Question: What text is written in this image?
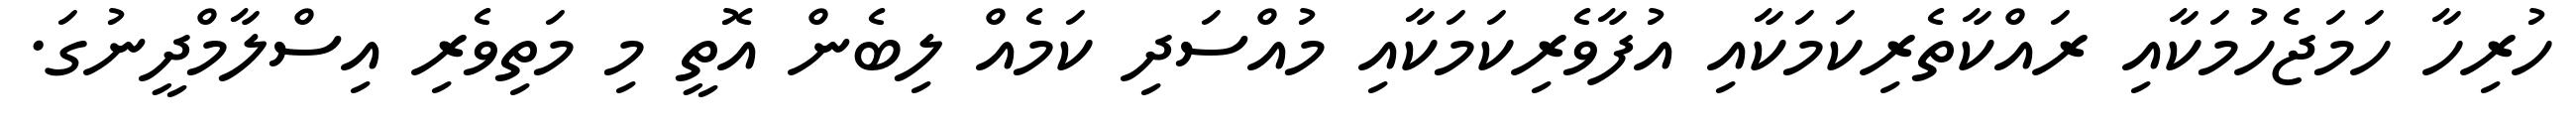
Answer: ހުރިހާ ހަމަޖެހުމަކާއި ރައްކާތެރިކަމަކާއި އުފާވެރިކަމަކާއި މުއްސަދި ކަމެއް ލިބެން އޮތީ މި މަތިވެރި އިސްލާމްދީނުގަ.